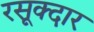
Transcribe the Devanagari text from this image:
रसूक्दार